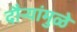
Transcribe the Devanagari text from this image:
दौर्‍यांमुळे